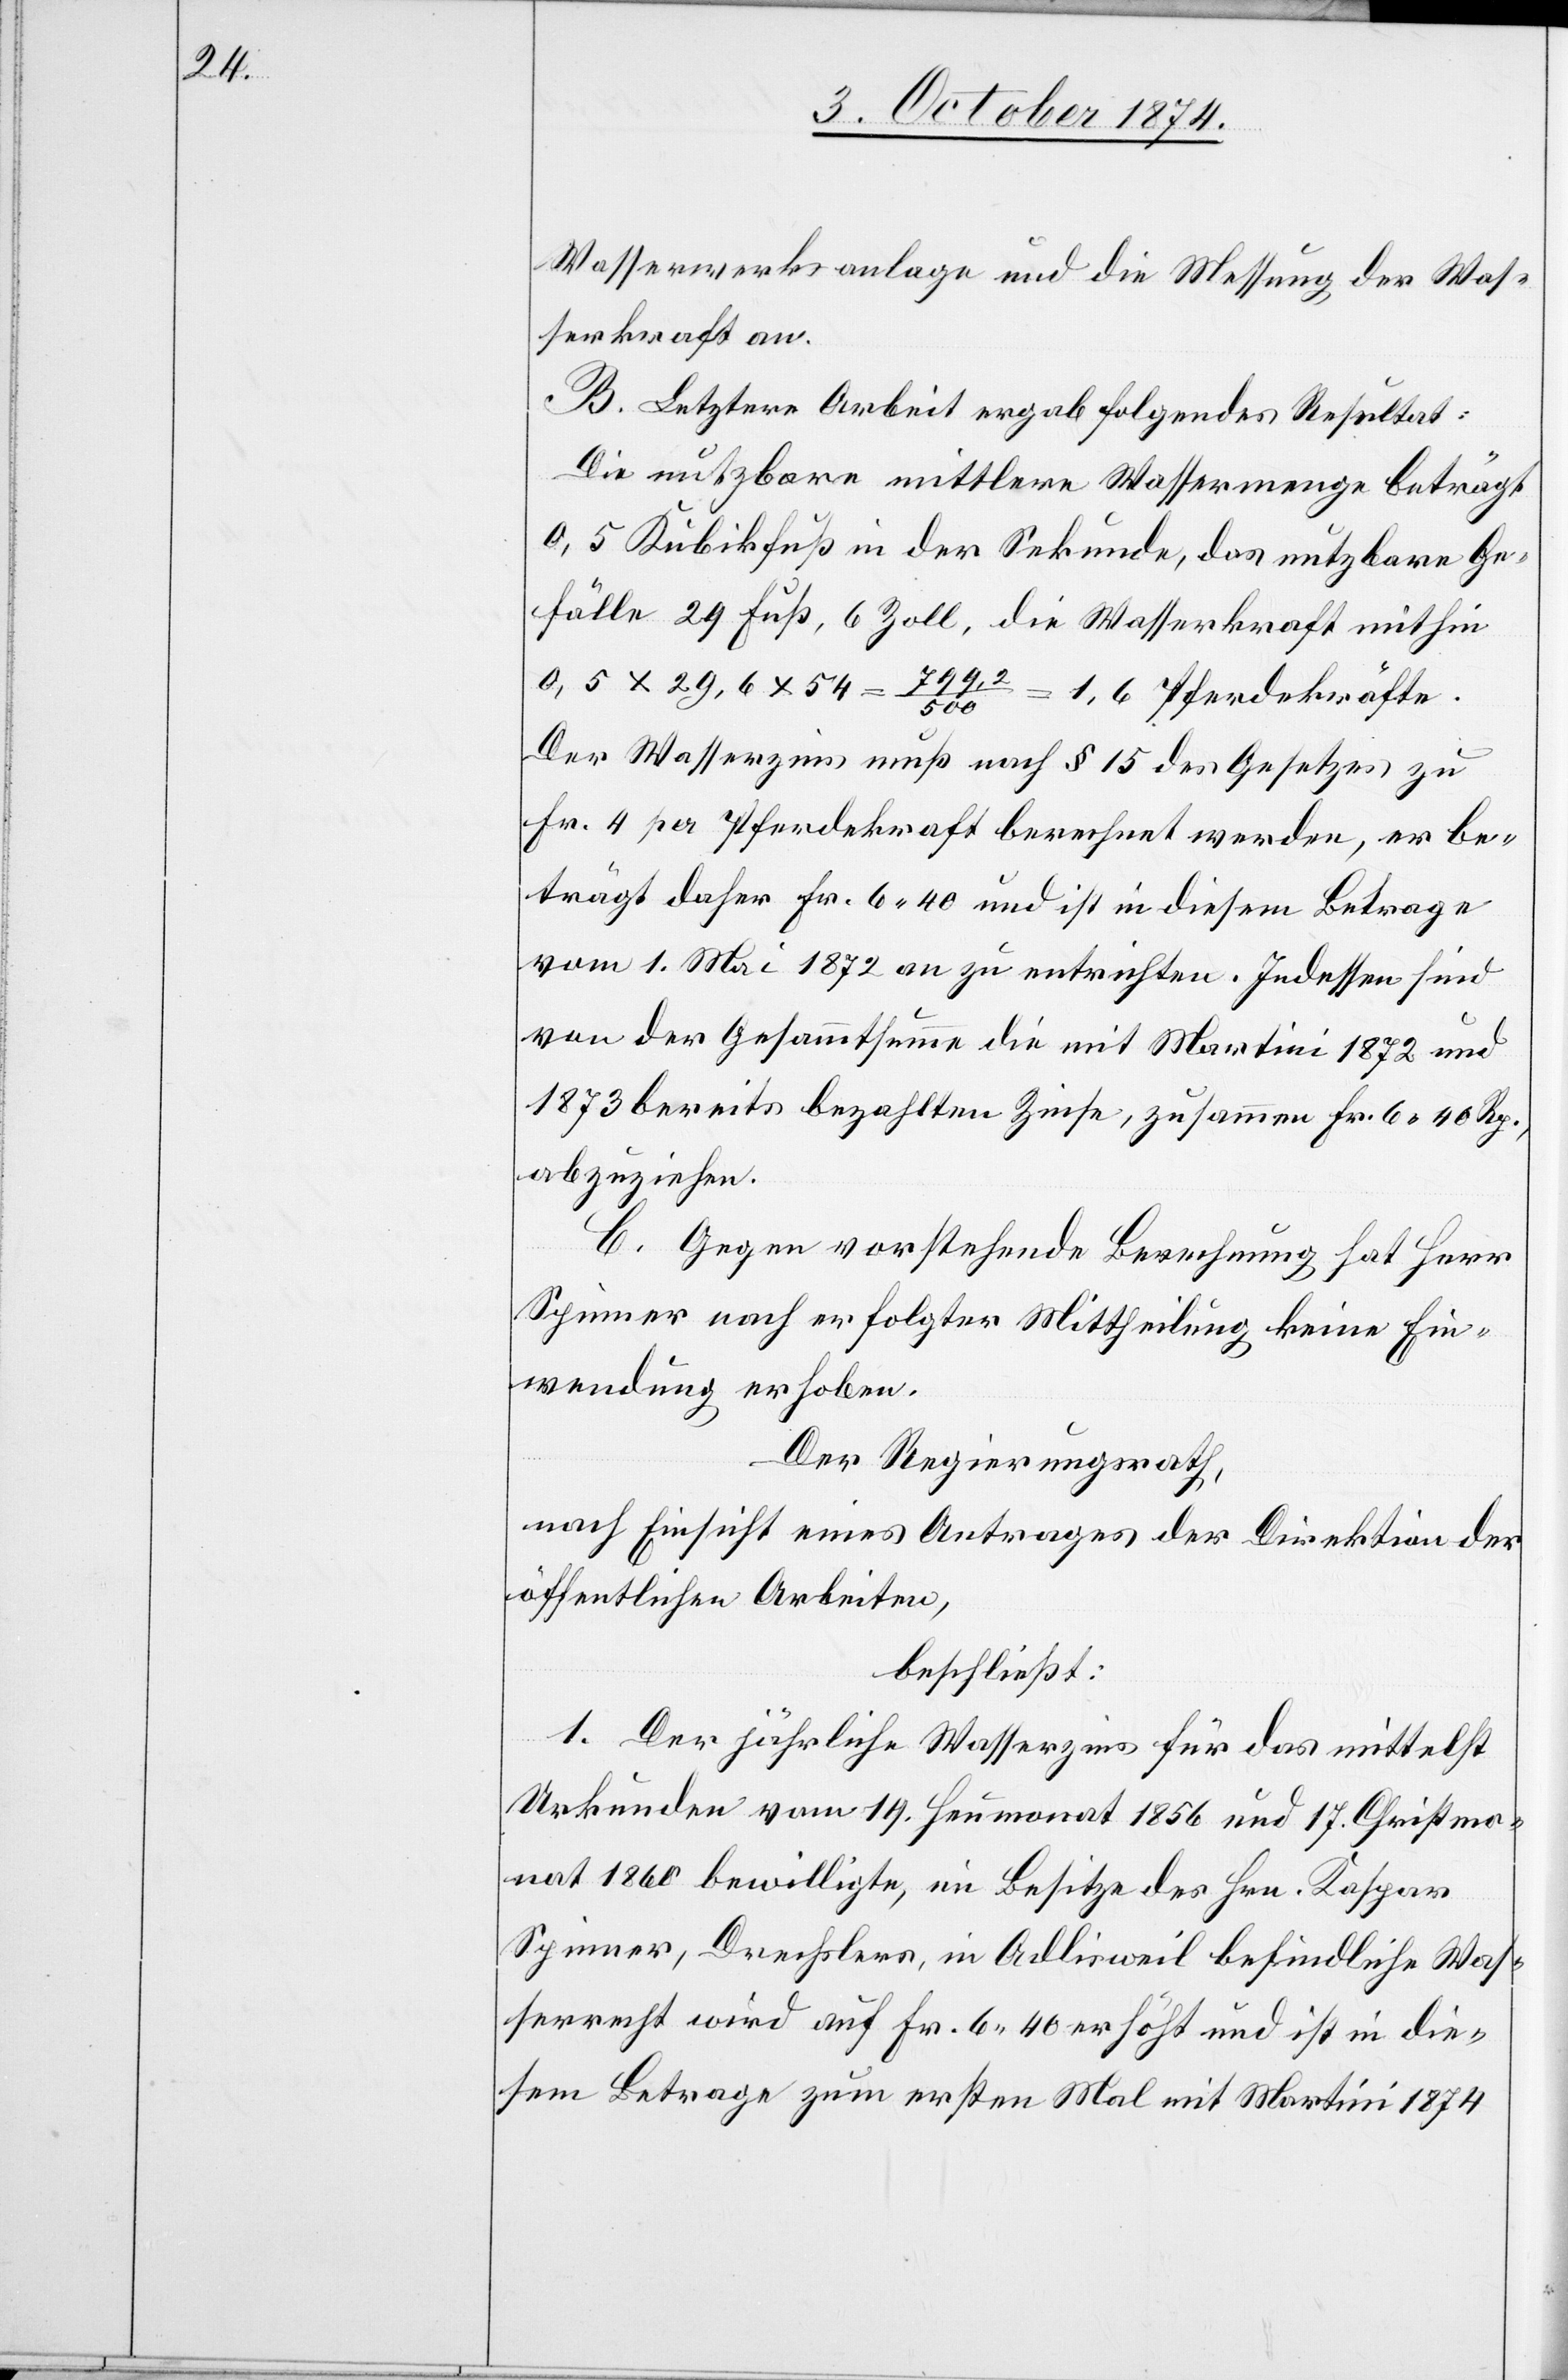
Wasserwerksanlage und die Messung des Was¬
serkraft an.
B. Letztere Arbeit ergab folgendes Resultat:
Die nutzbare mittlere Wassermenge beträgt
0,5 Kubikfuß in der Sekunde, das nutzbare Ge¬
fälle 29 Fuß, 6 Zoll, die Wasserkraft mithin
0,5 x 20,6 x 54 = 799,2/500 = 1,6 Pferdekräfte.
Der Wasserzins muß nach § 15 des Gesetzes zu
Fr. 4 per Pferdekraft berechnet werden, er be¬
trägt daher Fr. 6.40 und ist in diesem Betrage
vom 1. Mai 1872 an zu entrichten. Indessen sind
von der Gesammtsumme die mit Martini 1872 und
1873 bereits bezahlten Zinse, zusammen Fr. 6.40 Rp.,
abzuziehen.
C. Gegen vorstehende Berechnung hat Herr
Spinner nach erfolgter Mittheilung keine Ein¬
wendung erhoben.
Der Regierungsrath,
nach Einsicht eines Antrages der Direktion der
öffentlichen Arbeiten,
beschließt:
1. Der jährliche Wasserzins für das mittelst
Urkunden vom 14. Heumonat 1856 und 17. Christmo¬
nat 1860 bewilligte, im Besitze des Hrn. Kaspar
Spinner, Drechslers, in Adlisweil befindliche Was¬
serrecht wird auf Fr. 6.40 erhöht und ist in die¬
sem Betrage zum ersten Mal mit Martini 1874